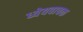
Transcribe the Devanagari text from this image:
ध्येयवाचक